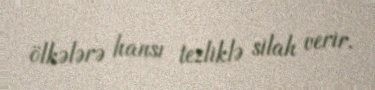
ölkələrə hansı tezliklə silah verir.